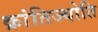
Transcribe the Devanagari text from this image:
क्रांतिज्योति